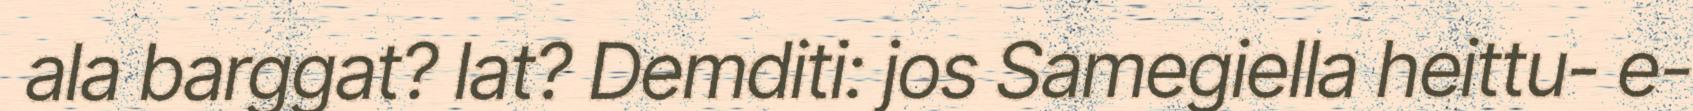
ala barggat? lat? Demditi: jos Samegiella heittu- e-